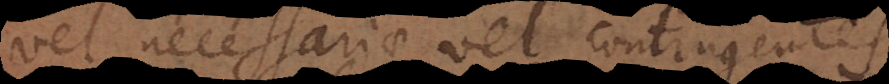
vel necessariae vel contingentes.